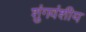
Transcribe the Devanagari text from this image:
शुंगवंशीय